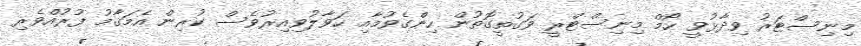
މިނިސްޓަރު ވިދާޅުވީ ހޯމް މިނިސްޓްރީ ވަގުތީގޮތުން ހިންގެވުމާއި ހަވާލުވިއިރުވެސް ކުރިން އެމަޤާމު ފުރުއްވެރި